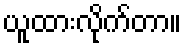
ယူထားလိုက်တာ။